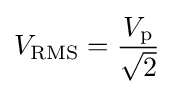
V_{\text{RMS}}={V_{\text{p}} \over {\sqrt {2}}}